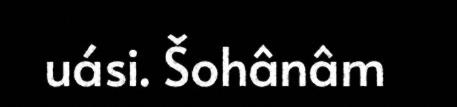
uási. Šohânâm